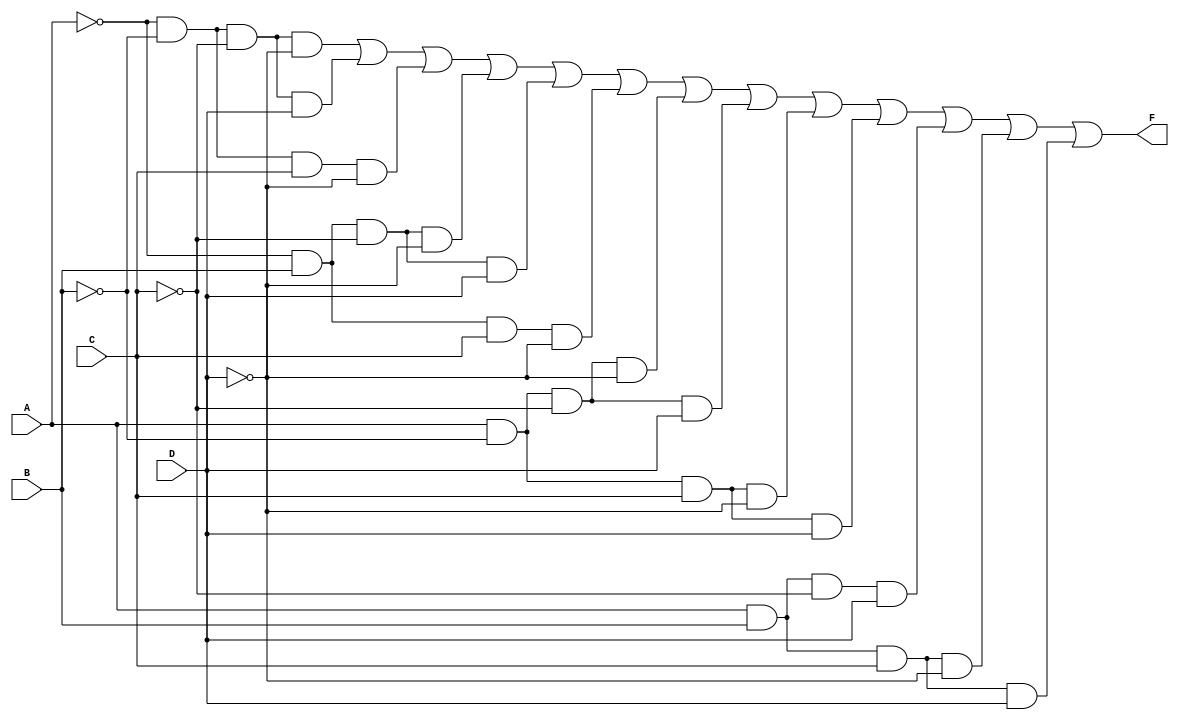
module Prob(output F, input A, B, C, D);
assign F = (~A&~B&~C&~D) | (~A&~B&~C&D) | (~A&~B&C&~D) | (~A&B&~C&~D) | (~A&B&~C&D) |(~A&B&C&~D)
 | (A&~B&~C&~D) | (A&~B&~C&D) | (A&~B&C&~D) | (A&~B&C&D) | (A&B&~C&D) |
(A&B&C&~D) | (A&B&C&D);
endmodule